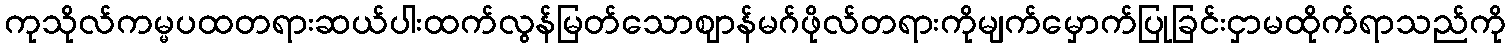
ကုသိုလ်ကမ္မပထတရားဆယ်ပါးထက်လွန်မြတ်သောဈာန်မဂ်ဖိုလ်တရားကိုမျက်မှောက်ပြုခြင်းငှာမထိုက်ရာသည်ကို